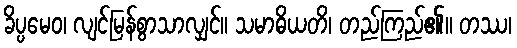
ခိပ္ပမေဝ၊ လျင်မြန်စွာသာလျှင်။ သမာဓိယတိ၊ တည်ကြည်၏။ တဿ၊